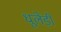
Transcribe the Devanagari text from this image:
धूलेंड़ी